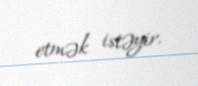
etmək istəyir.